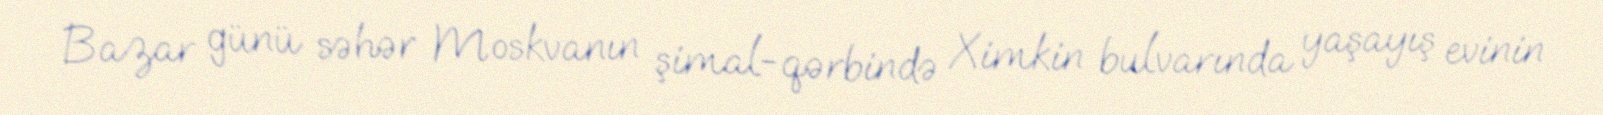
Bazar günü səhər Moskvanın şimal-qərbində Ximkin bulvarında yaşayış evinin